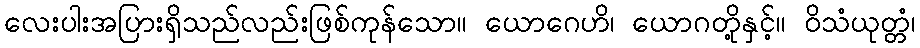
လေးပါးအပြားရှိသည်လည်းဖြစ်ကုန်သော။ ယောဂေဟိ၊ ယောဂတို့နှင့်။ ဝိသံယုတ္တံ၊